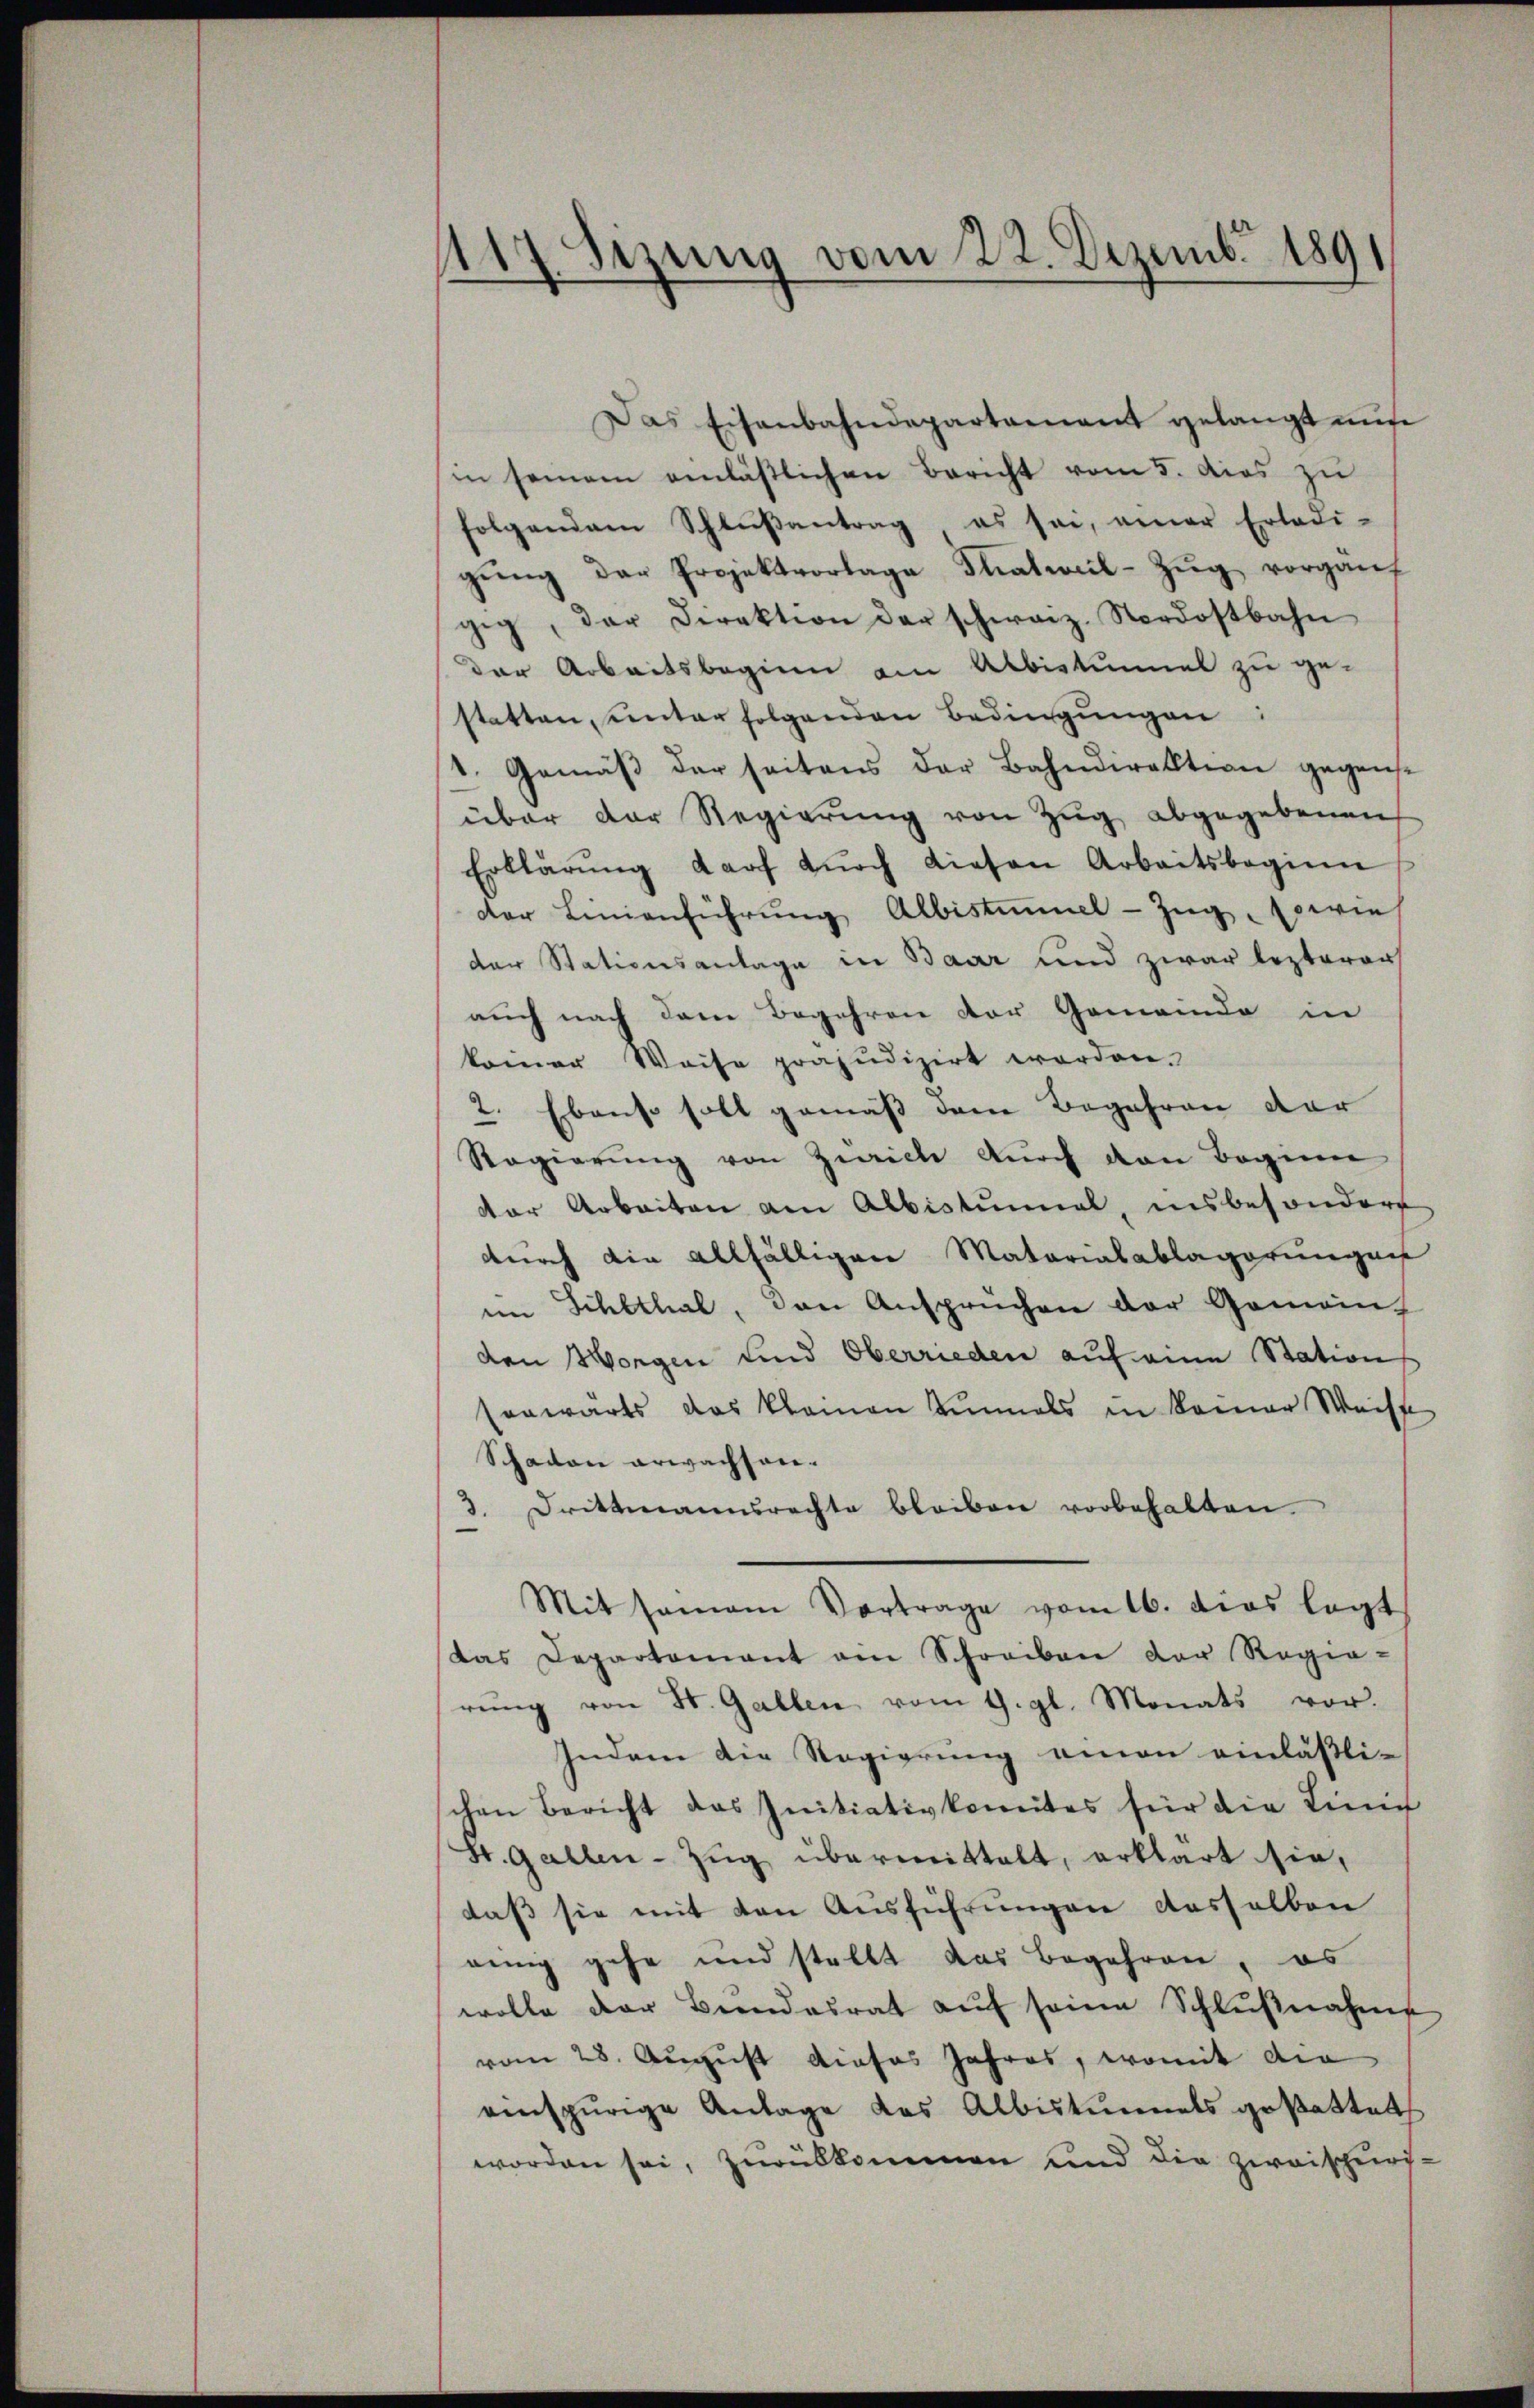
117. Sezung vom 22. Dezember 1891

Das Eisenbahndepartamant gelangt mŭs
in seinem einläßlichen Bericht vom 5. dies zu
folgendem Schlŭβantrag es sei, einer Erledi-
gŭng der Projektvorlage Thalweil-Zŭg vorganf
gig, der Direktion der schweiz. Nordostbahn
der Arbeitsbeginn am Albistunnel zu ge-
statten, unter folgenden Bedingungen:
1. Gemäβ der seitens der Bahndirektion gegens-
über der Regierŭng von Zŭg abgegebenen
Erklärŭng darf dŭrch diesen Arbeitsbeginn
der Linienführung Albistummel-Zug, sowie
der Stationsanlage in Baar und zwar lezterer
auch nach dem Begehren der Gemeinde in
kommer Weise präjudizirt worden.
2. Ebenso soll gemäß dem Begehren der
Ragierŭng von Zürich dŭrch den Beginn
der Arbeiten am Albistŭmal, insbesondere
durch die allfälligen Materialablagerungen
im Schlthal, den Ansprüchen der Gemein
den Morgen und Oberrieden auf eine Station
senwärts das kleinen einmals in keiner Weise
Schaden erwachsen¬
3. Drittmannsrechte bleiben vorbehalten.
Mit samann Vortrage vom 16. dies legt
das Departement am Schreiben der Regia-
rŭng von St. Gallen vom 9. gl. Monats vor.
Indem die Regierung einen einläßli-
chen Bericht das Initiativkomites für die Linie
St. Gallen-Zŭg übermittelt, erklärt sie,
daβ sie mit den Ausführungen dasselben
eenig gehe und stellt das Begehren, es
wolle der Beendesrat aŭf seine Schlŭβnahme
vom 28. August dieses Jahres, womit die
einspurige Antage das Albistunnels gestattet
worden sei, zurükkommen und die zweischurs-